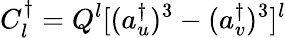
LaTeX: C_{l}^{\dagger}=Q^{l}[(a_{u}^{\dagger})^{3}-(a_{v}^{\dagger})^{3}]^{l}